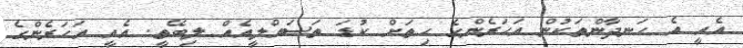
އެއީ އެ ހަނދާންތަކުން އަހަރެންގެ ހިތަށް ކުޑަ ތަސައްލީއެއް ލިބޭތީ. އެއީ އަހަރެންގެ